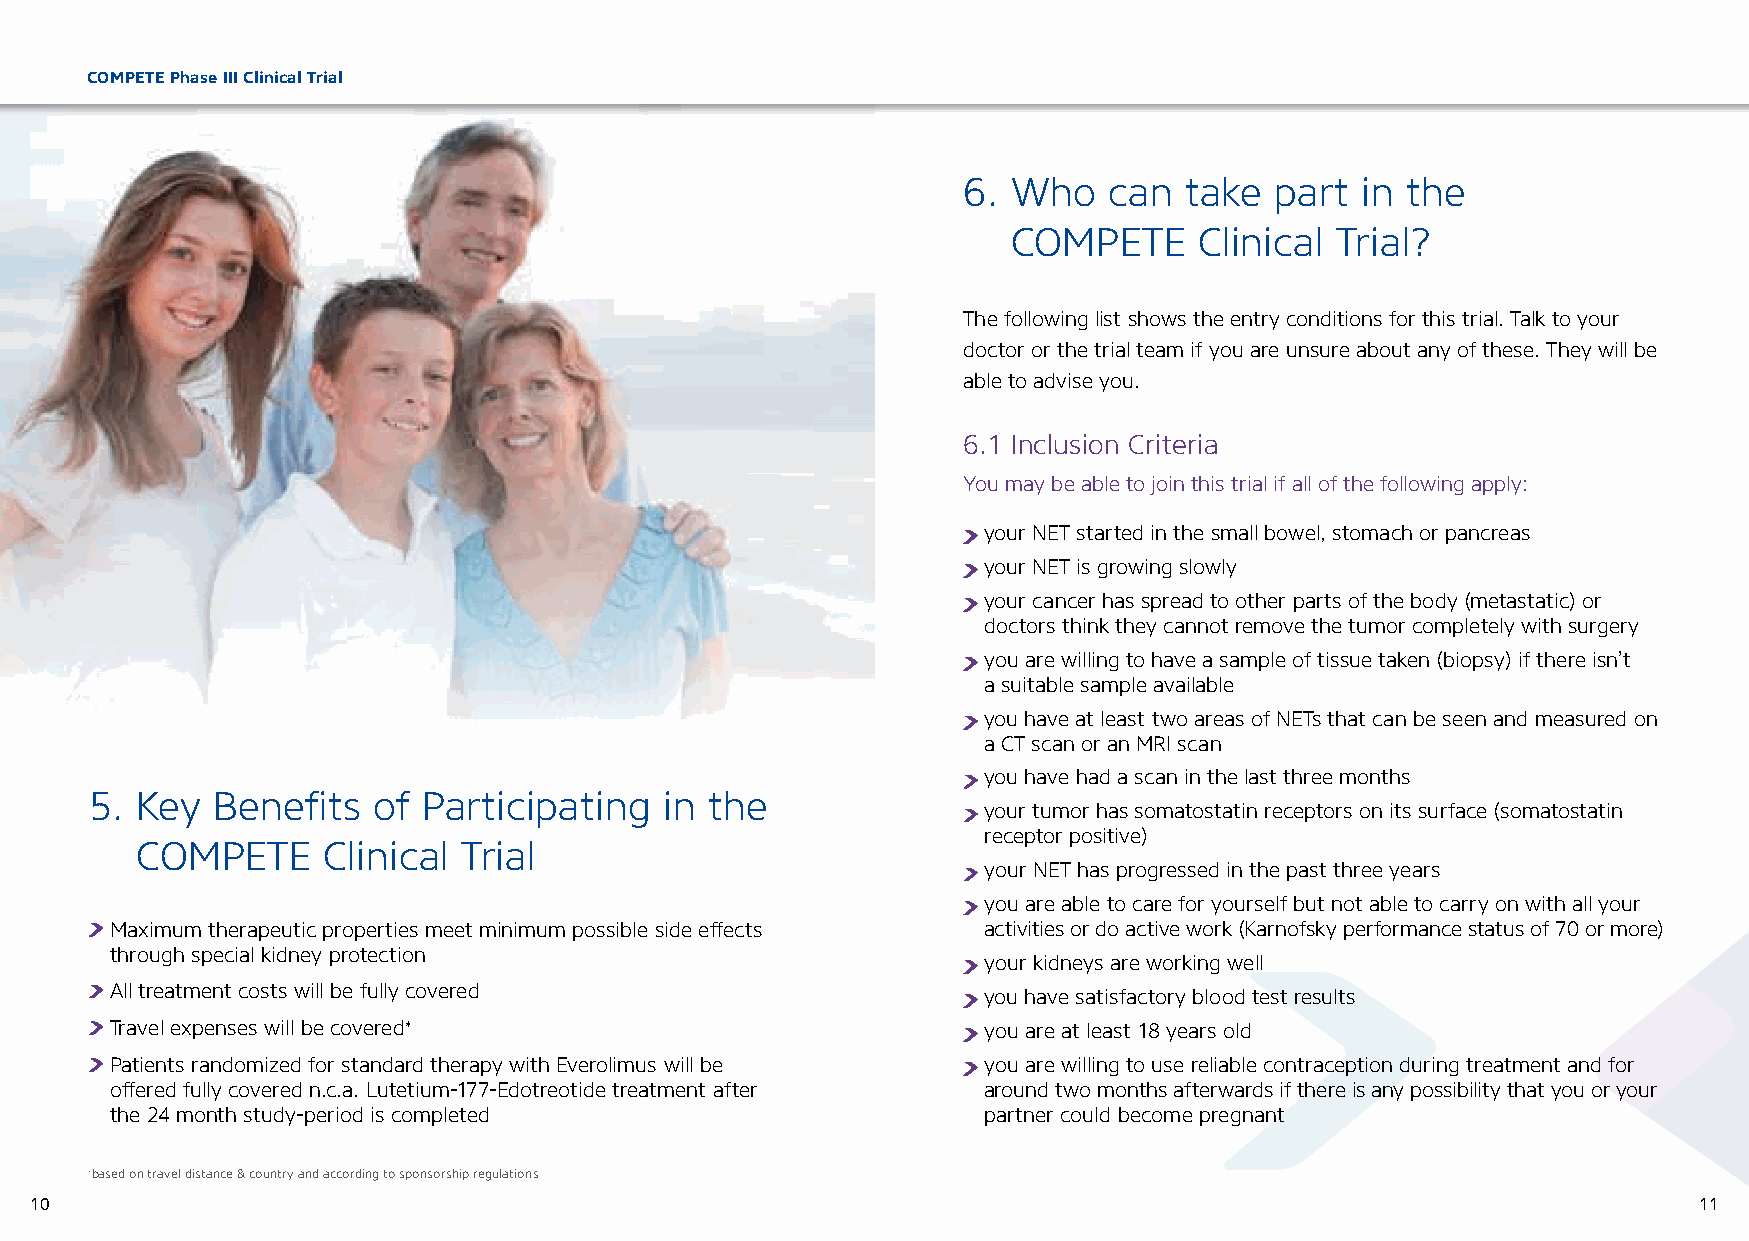
COMPETE Phase III Clinical Trial
 6. Who   can  take  part  in the
 COMPETE     Clinical Trial?
 The following list shows the entry conditions for this trial. Talk to your
 doctor or the trial team if you are unsure about any of these. They will be
 able to advise you.
 6.1 Inclusion Criteria
 You may be able to join this trial if all of the following apply:
 your NET started in the small bowel, stomach or pancreas
 your NET is growing slowly
 y our cancer has spread to other parts of the body (metastatic) or
 doctors think they cannot remove the tumor completely with surgery
 y ou are willing to have a sample of tissue taken (biopsy) if there isn’t
 a suitable sample available
 y ou have at least two areas of NETs that can be seen and measured on
 a CT scan or an MRI scan
 y ou have had a scan in the last three months
 5. Key  Benefits   of Participating   in the
 y our tumor has somatostatin receptors on its surface (somatostatin
 receptor positive)
 COMPETE     Clinical  Trial
 y our NET has progressed in the past three years
 y ou are able to care for yourself but not able to carry on with all your
 Maximum therapeutic properties meet minimum possible side effects activities or do active work (Karnofsky performance status of 70 or more)
 through special kidney protection
 y our kidneys are working well
 All treatment costs will be fully covered                 y ou have satisfactory blood test results
 Travel expenses will be covered*                          y ou are at least 18 years old
 Patients randomized for standard therapy with Everolimus will be y ou are willing to use reliable contraception during treatment and for
 offered fully covered n.c.a. Lutetium-177-Edotreotide treatment after around two months afterwards if there is any possibility that you or your
 the 24 month study-period is completed                    partner could become pregnant
 *based on travel distance & country and according to sponsorship regulations
 10                                                                                                            11